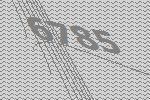
6785